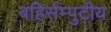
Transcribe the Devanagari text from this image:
बहिर्सम्पुटीय